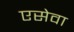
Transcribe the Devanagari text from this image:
एसेवा